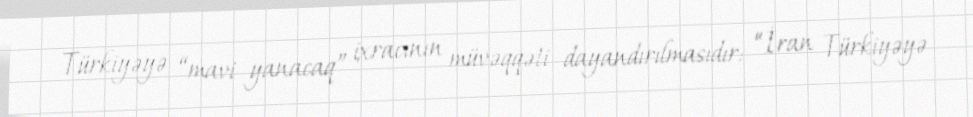
Türkiyəyə “mavi yanacaq” ixracının müvəqqəti dayandırılmasıdır: “İran Türkiyəyə